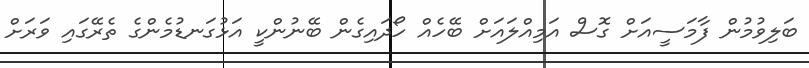
ބަލިވުމުން ފާމަސީއަށް ގޮސް އަމިއްލައަށް ބޭހެއް ހޯދައިގެން ބޭނުންކީ އަޅުގަނޑުމެންގެ ތެރޭގައި ވަރަށް